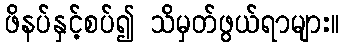
ဖိနပ်နှင့်စပ်၍ သိမှတ်ဖွယ်ရာများ။